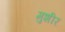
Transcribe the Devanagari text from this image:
मुशीर